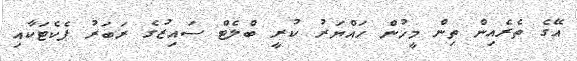
އޭގެ ތެރެއިން ތިން މީހުން ހައްޔަރު ކުރީ ބްލެޓް ސައިޒުގެ ރަބަރު ޕެކެޓަކާއި